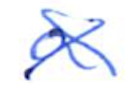
Text: a
Cross-out: cross
Writing tool: ballpoint